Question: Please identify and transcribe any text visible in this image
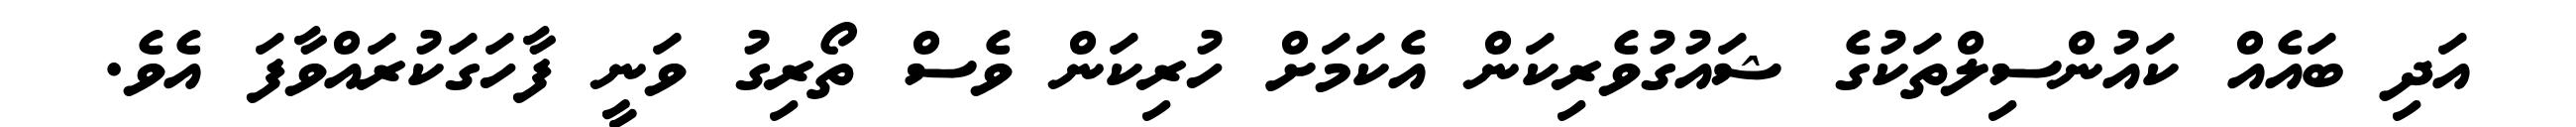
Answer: އަދި ބައެއް ކައުންސިލްތަކުގެ ޝައުގުވެރިކަން އެކަމަށް ހުރިކަން ވެސް ތޯރިގު ވަނީ ފާހަގަކުރައްވާފަ އެވެ.